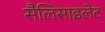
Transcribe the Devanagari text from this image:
सैलिसाइलेट